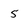
Character: 5